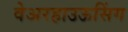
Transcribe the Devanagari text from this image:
वेअरहाउऊसिंग